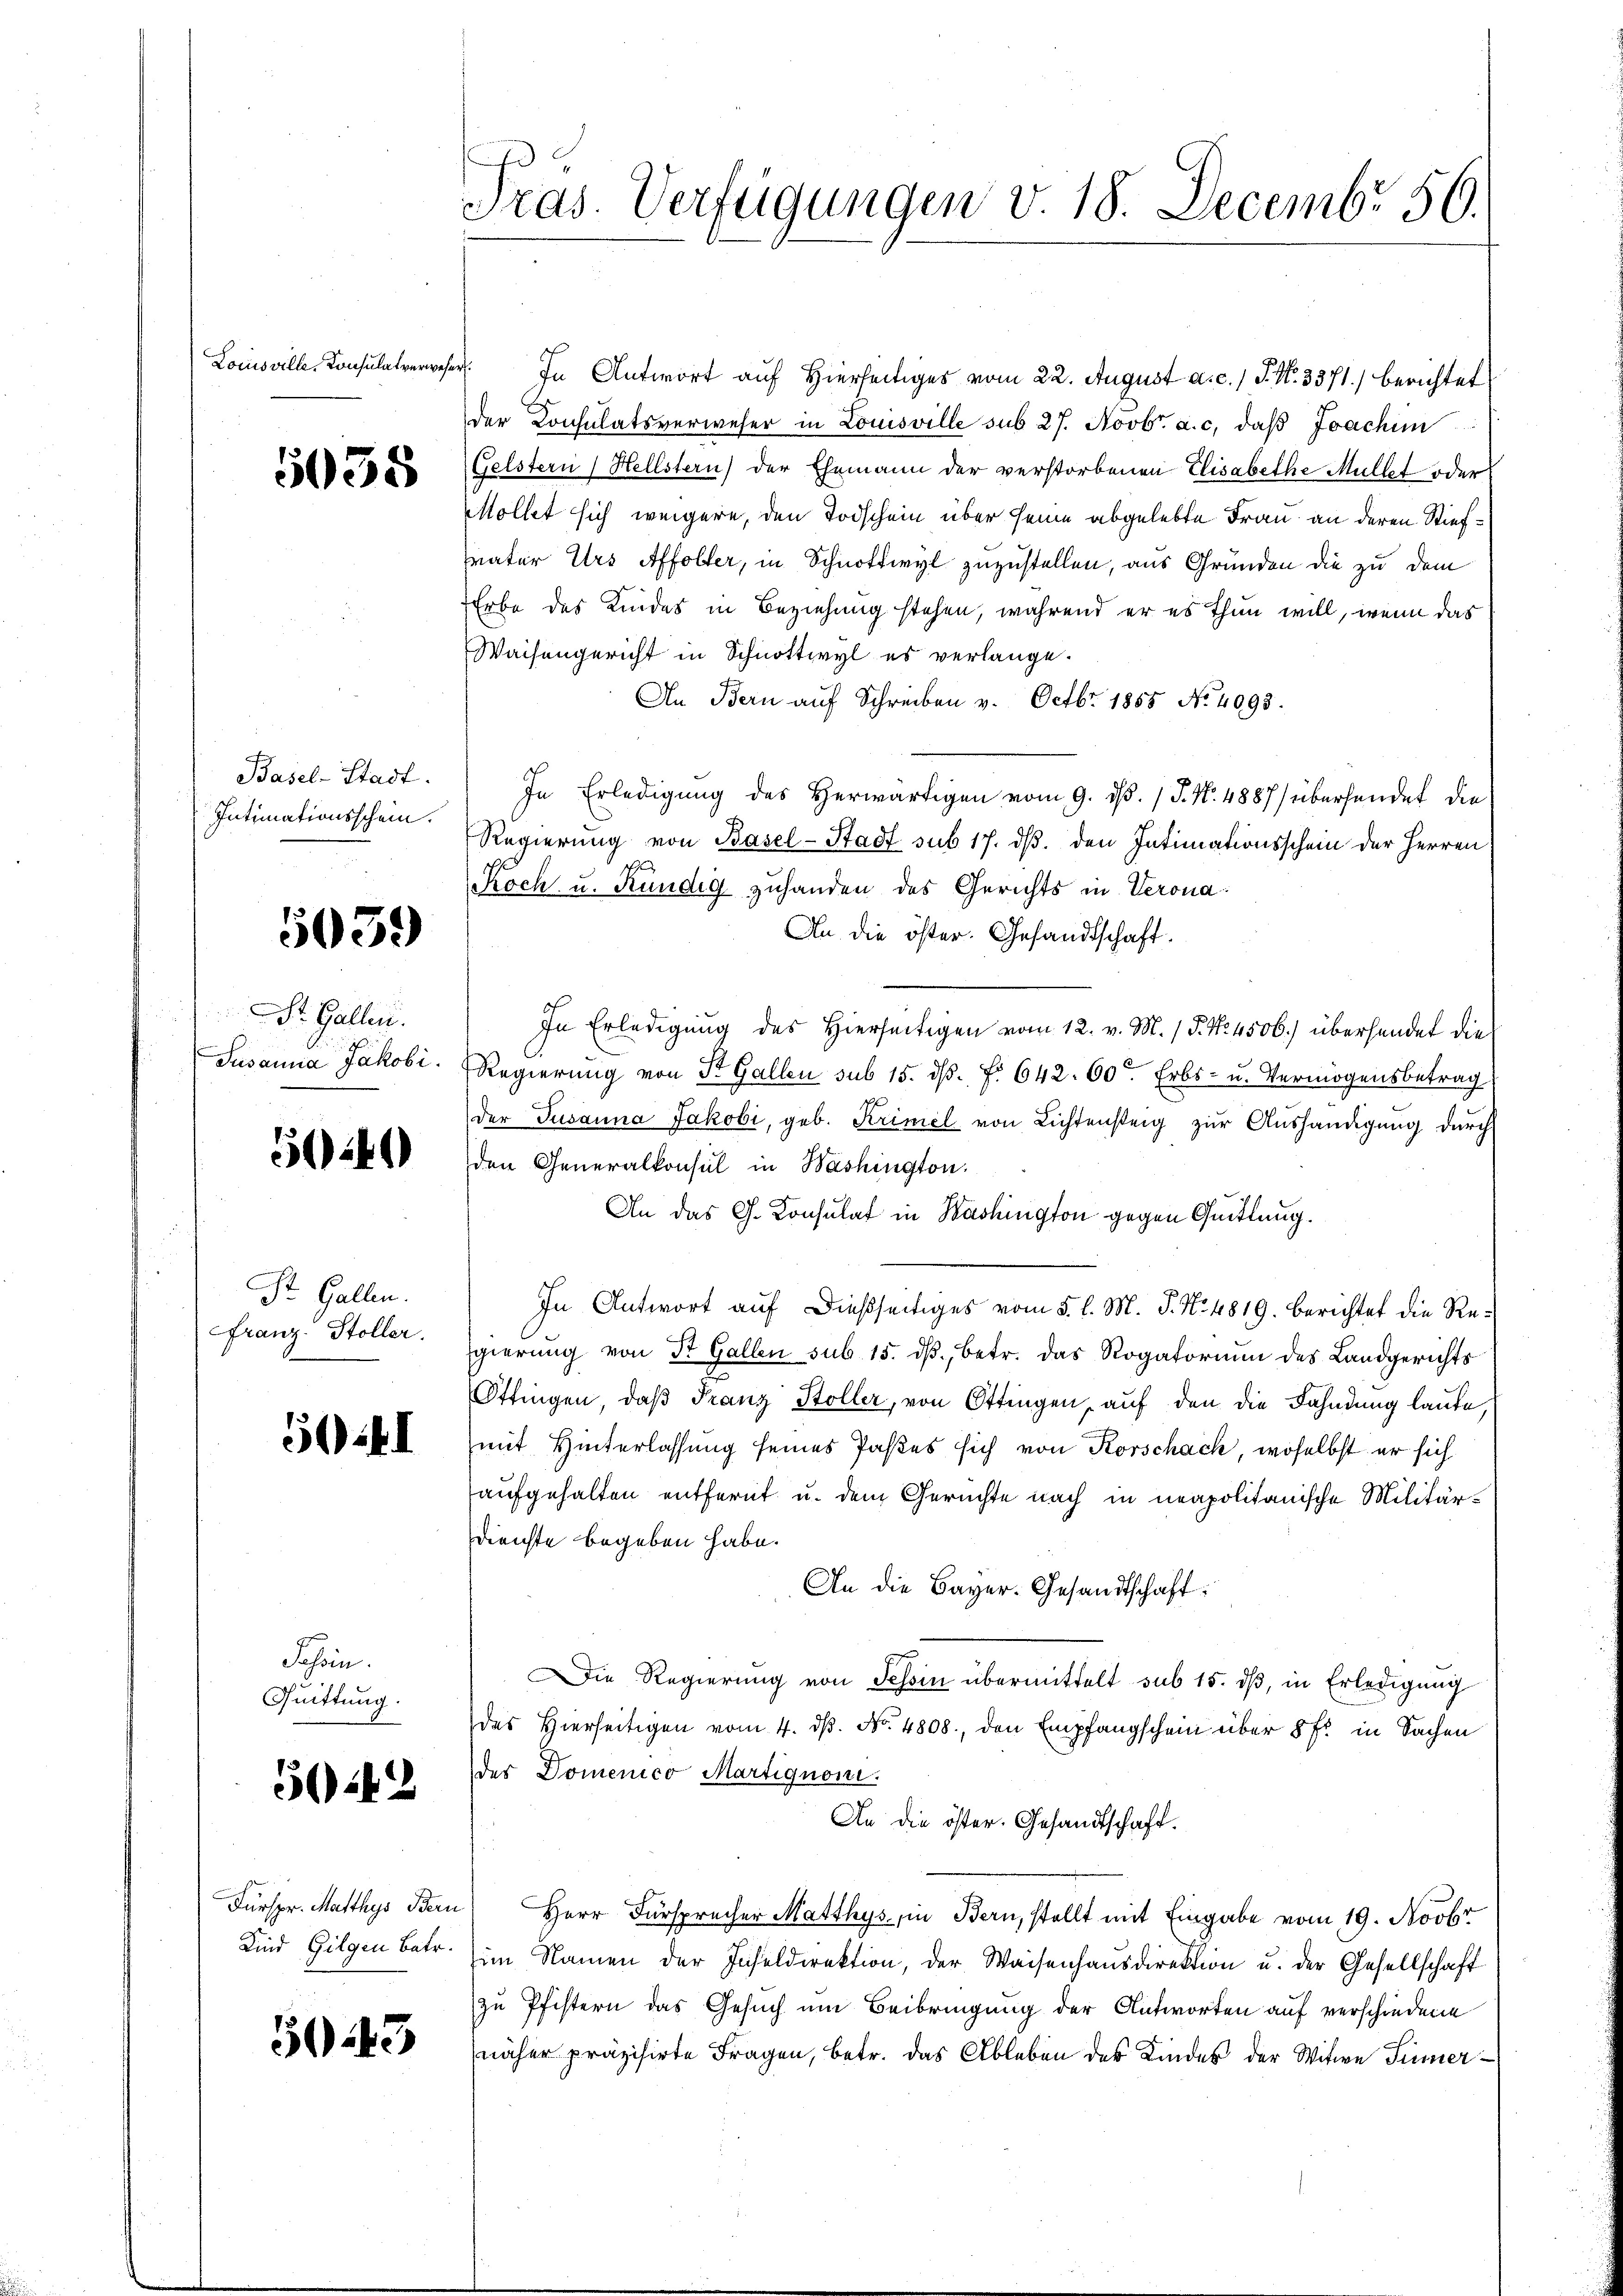
Locusville, Konsulat verwese

5058

Basel-Stadt.
Intimationsschein.

5039

St. Gallen.
Susanna Jakobi.

5040

St. Gallen.
Franz. Stoller.

5II

Jahren.
Quittung.

5042

Kind Gilgen Betr.

50.45

Tras. Verfügungen v. 18. Decembr 56.

. In Antwort auf Hierseitiges vom 22. August a. c. 1 S. Nr. 3371) berichtet
der Consulatsverweser in Louisville sub 27. Novbr. a. c. daß Joachim
Gelstern / Hellstern) der Ehemann der verstorbenen Elisabethe Müllet oder
Möllet sich weigere, den Todschein über seine abgelebte Frau an deren Stiefsvater Urs Affolter, in Schnottwyl zuzustellen, aus Gründen die zu dem
Erbe des Kindes in Beziehung stehen, während er es thun will, wenn das
Waisengericht in Schnottwyl es verlange.
An Bern auf Schreiben v. Octbr. 1855 No 4093.
In Erledigung des Herwärtigen vom 9. dβ. / P. Nr. 4887/ übersendet die
Regierung von Basel-Stadt sub 17. ds. den Intimationsschein der Herren
Koch u. Kündig zuhanden des Gerichts in Verona
An die öster. Gesandtschaft.
In Erledigung des Hierseitigen vom 12. v. M. / P. Nr. 4506.) überhandet die
Regierung von St. Gallen sub 15. ds. f. 642. 60. Erbs- u. Vermögensbetrag
der Susanna Jakobi, geb. Krimel von Lichtensteig zur Aushändigung durch
den Generalkonsul in Washington.
An das G. Consulat in Bashington gegen Quittung.
In Antwort auf dießseitiges vom 5. l. M. P. Nr. 4819. Berichtet die Regierung von St. Gallen sub 15. dβ, betr. das Rogatorium des Landgerichts
Ottingen, daß Franz Stoller, von Ottingen, auf den die Fahndung laute,
mit Hinterlassung seines Paßes sich von Korschach, woselbst er sich
aufgehalten entfernt u. dem Gerichte nach in neapolitanische Militär-
Dienste begeben habe.
An die Bayer. Gesandtschaft:
x
ie Regierung von Tessin übermittelt sub 15. dβ, in Erledigung
des Hierseitigen vom 4. dβ. No. 4808., den Empfangschein über 8 f: in Sachen
des Domenico Martignoni.
An die öster. Gesandtschaft.
Fürspr. Matthys Bern Herr Fürsprecher Matthys in Bern, stellt mit Eingabe vom 19. Novbr
im Namen der Inseldirektion, der Waisenhaŭsdirektion u. der Gesellschaft
zu Pfistern das Gesuch um Beibringung der Antworten auf verschiedene
näher präzisirte Fragen, betr. das Ableben des Kindes der Witwe Sinner¬